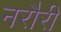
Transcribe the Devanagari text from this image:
नरौरी